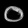
Digit: ၀